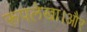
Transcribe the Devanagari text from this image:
रूपलेखा।और